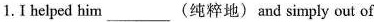
1.I helped him___纯粹地)and simply out of